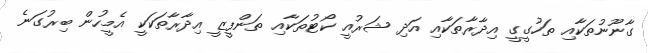
ގާނޫނުތަކާއި ތަހުގީގީ އިދާރާތަކާއި އަދި ޝަރުއީ ކޯޓުތަކާއި ތަންފީޒީ އިދާރާތަކަކީ އެމީހުން ބިރުގަނެ